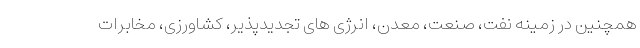
همچنین در زمینه نفت، صنعت، معدن، انرژی های تجدیدپذیر، کشاورزی، مخابرات